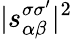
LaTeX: |s_{\alpha\beta}^{\sigma\sigma^{\prime}}|^{2}